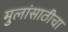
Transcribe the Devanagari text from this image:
मुलांसाठीचा